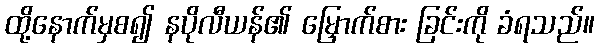
ထို့နောက်မှစ၍ နပိုလီယန်၏ မြှောက်စား ခြင်းကို ခံရသည်။